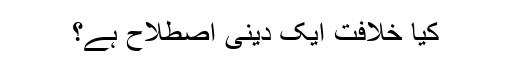
کیا خلافت ایک دینی اصطلاح ہے؟